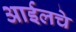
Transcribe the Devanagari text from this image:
आईलचे